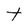
Character: t